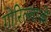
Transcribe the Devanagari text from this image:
गोरिल्लाओं